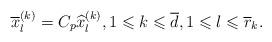
LaTeX: \begin{align*} \overline x_l^{(k)} = C_p \widehat x_l^{(k)},1\leqslant k\leqslant \overline d,1\leqslant l\leqslant\overline r_k.\end{align*}